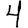
Digit: 4